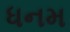
ધનમ